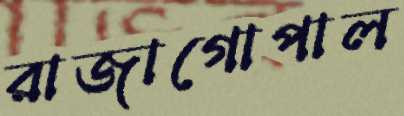
রাজাগোপাল